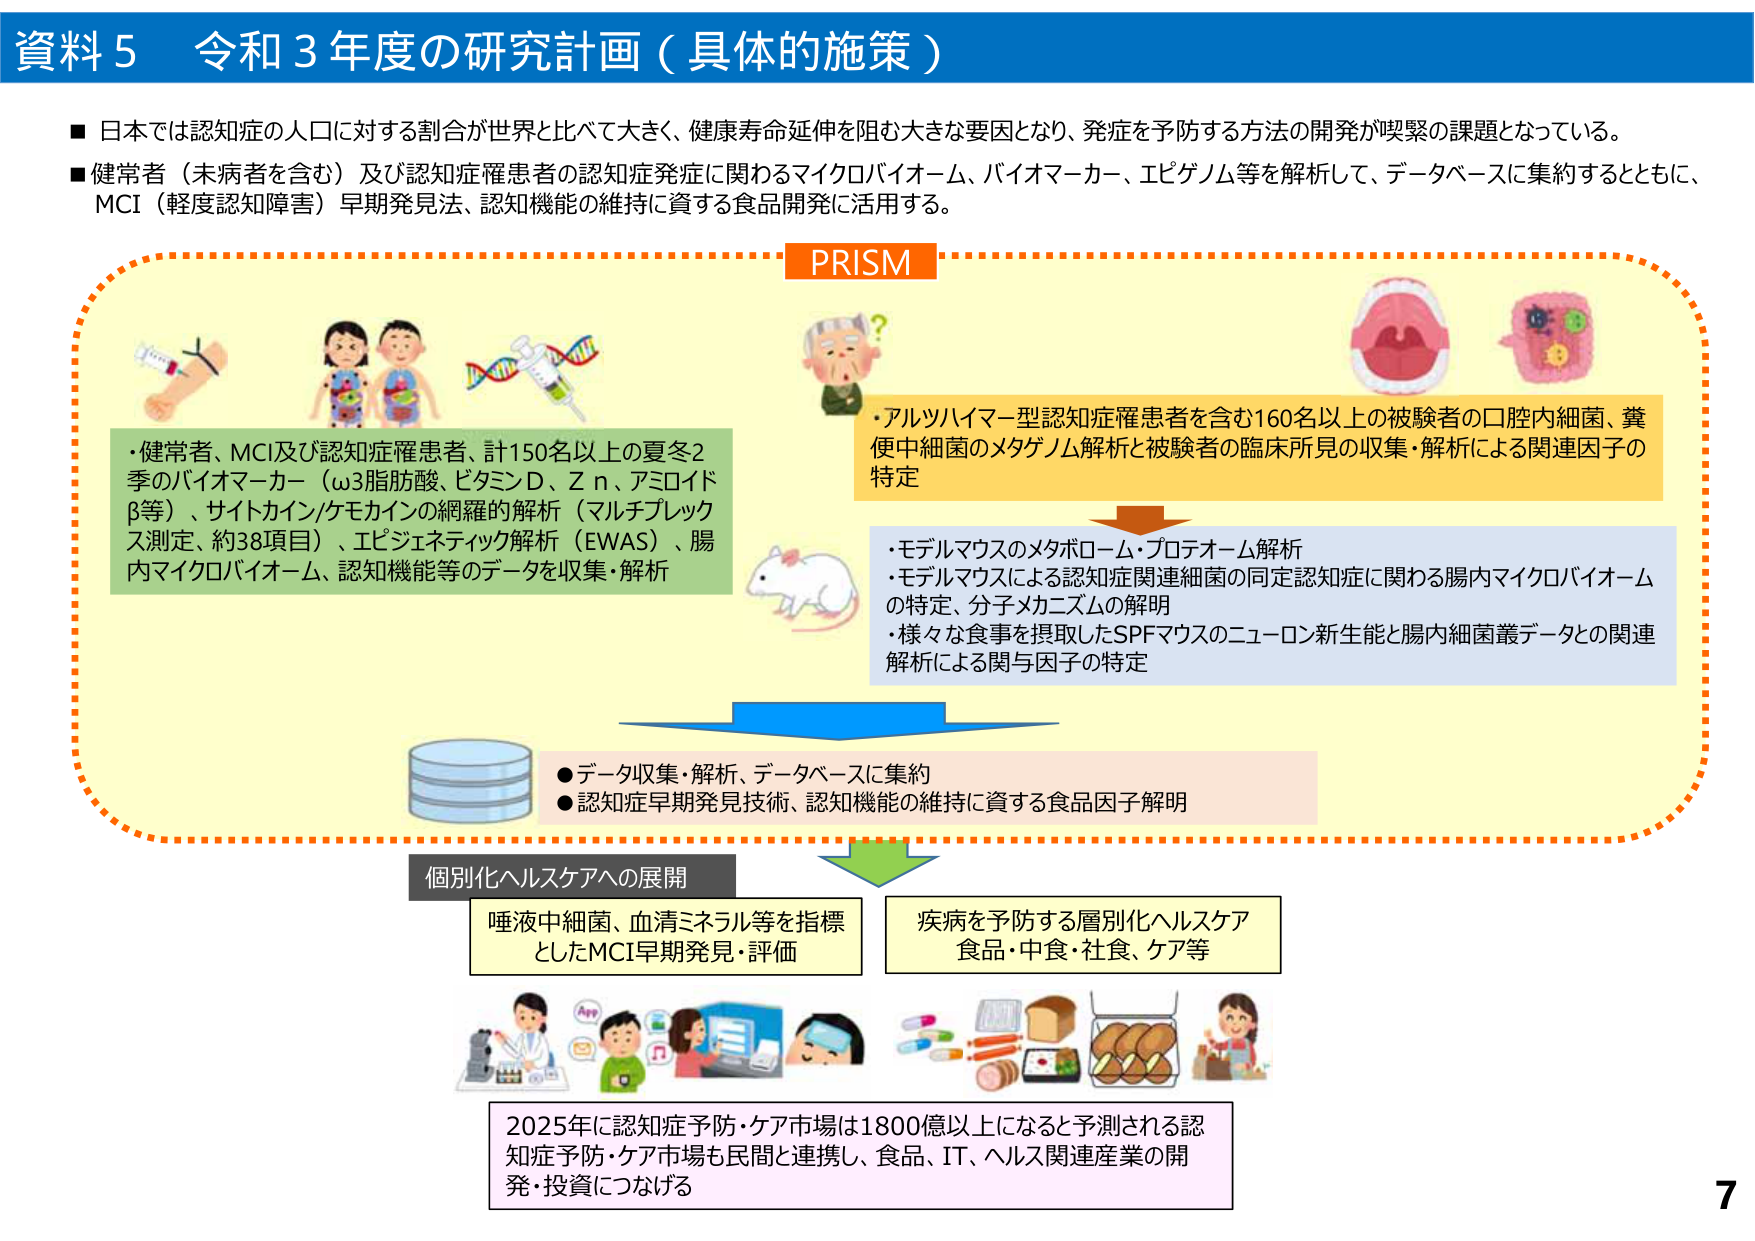
資料５ 令和３年度の研究計画（具体的施策）

■ 日本では認知症の人口に対する割合が世界と比べて大きく、健康寿命延伸を阻む大きな要因となり、発症を予防する方法の開発が喫緊の課題となっている。
■ 健常者（未病者を含む）及び認知症罹患者の認知症発症に関わるマイクロバイオーム、バイオマーカー、エピゲノム等を解析して、データベースに集約するとともに、MCI（軽度認知障害）早期発見法、認知機能の維持に資する食品開発に活用する。

PRISM

・健常者、MCI及び認知症罹患者、計150名以上の夏冬2季のバイオマーカー（ω3脂肪酸、ビタミンD、Ｚｎ、アミロイドβ等）、サイトカイン/ケモカインの網羅的解析（マルチプレックス測定、約38項目）、エピジェネティック解析（EWAS）、腸内マイクロバイオーム、認知機能等のデータを収集・解析

・アルツハイマー型認知症罹患者を含む160名以上の被験者の口腔内細菌、糞便中細菌のメタゲノム解析と被験者の臨床所見の収集・解析による関連因子の特定

・モデルマウスのメタボローム・プロテオーム解析
・モデルマウスによる認知症関連細菌の同定認知症に関わる腸内マイクロバイオームの特定、分子メカニズムの解明
・様々な食事を摂取したSPFマウスのニューロン新生能と腸内細菌叢データとの関連解析による関与因子の特定

● データ収集・解析、データベースに集約
● 認知症早期発見技術、認知機能の維持に資する食品因子解明

個別化ヘルスケアへの展開

唾液中細菌、血清ミネラル等を指標としたMCI早期発見・評価

疾病を予防する層別化ヘルスケア
食品・中食・社食、ケア等

2025年に認知症予防・ケア市場は1800億以上になると予測される認知症予防・ケア市場も民間と連携し、食品、IT、ヘルス関連産業の開発・投資につなげる

7